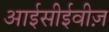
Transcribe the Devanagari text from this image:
आईसीईवीज़